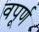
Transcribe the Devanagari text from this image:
वपूर्ण